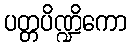
ပတ္တပိဏ္ဍိကော